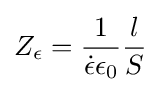
Z_{\epsilon }={\frac {1}{{\dot {\epsilon }}\epsilon _{0}}}{\frac {l}{S}}